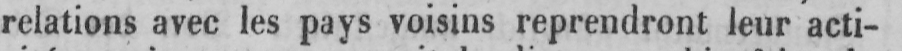
relations avec les pays voisins reprendront leur acti-